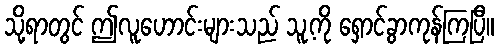
သို့ရာတွင် ဤလူဟောင်းများသည် သူ့ကို ရှောင်ခွာကုန်ကြပြီ။